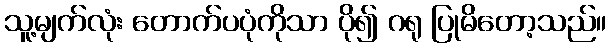
သူ့မျက်လုံး တောက်ပပုံကိုသာ ပို၍ ဂရု ပြုမိတော့သည်။